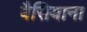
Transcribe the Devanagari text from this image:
बैसियाना